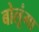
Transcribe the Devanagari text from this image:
बोलूंगा